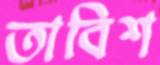
তাবিশ